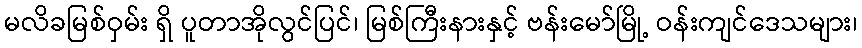
မလိခမြစ်ဝှမ်း ရှိ ပူတာအိုလွင်ပြင်၊ မြစ်ကြီးနားနှင့် ဗန်းမော်မြို့ ဝန်းကျင်ဒေသများ၊